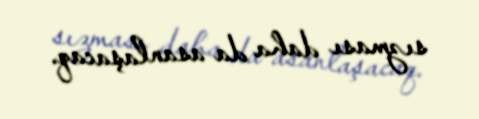
sızması daha da asanlaşacaq.